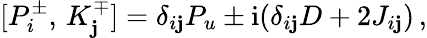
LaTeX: {}[P_{i}^{\pm},\, K_{\mathbf{j}}^{\mp}]=\delta_{i\mathbf{j}}P_{u}\pm\mathrm{{i}}(\delta_{i\mathbf{j}}D+2J_{i\mathbf{j}})\, ,